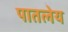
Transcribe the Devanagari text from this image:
पातलेय